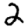
Digit: 2